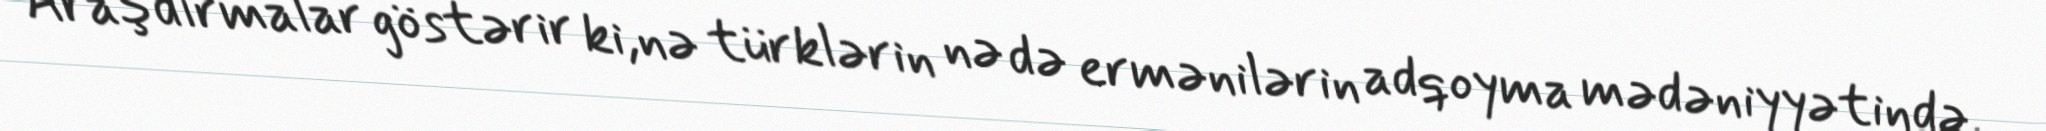
Araşdırmalar göstərir ki,nə türklərin nə də ermənilərin adqoyma mədəniyyətində,